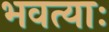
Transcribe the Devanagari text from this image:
भवत्याः